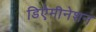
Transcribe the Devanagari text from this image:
डिऐमीनेशन